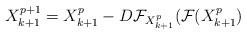
LaTeX: \begin{align*}X_{k+1}^{p+1}=X_{k+1}^{p}-D{\mathcal F}_{X_{k+1}^{p}}({\mathcal F}(X_{k+1}^{p})\end{align*}